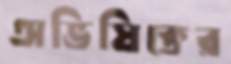
অভিষিক্তের